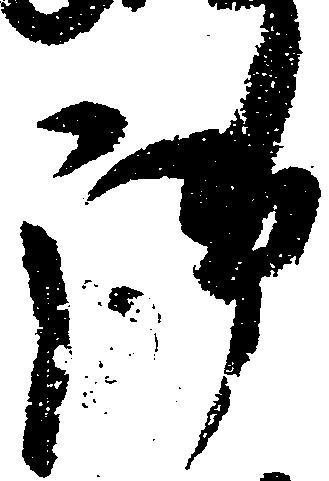
御